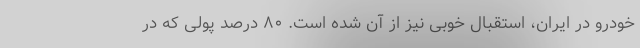
خودرو در ایران، استقبال خوبی نیز از آن شده است. ۸۰ درصد پولی که در